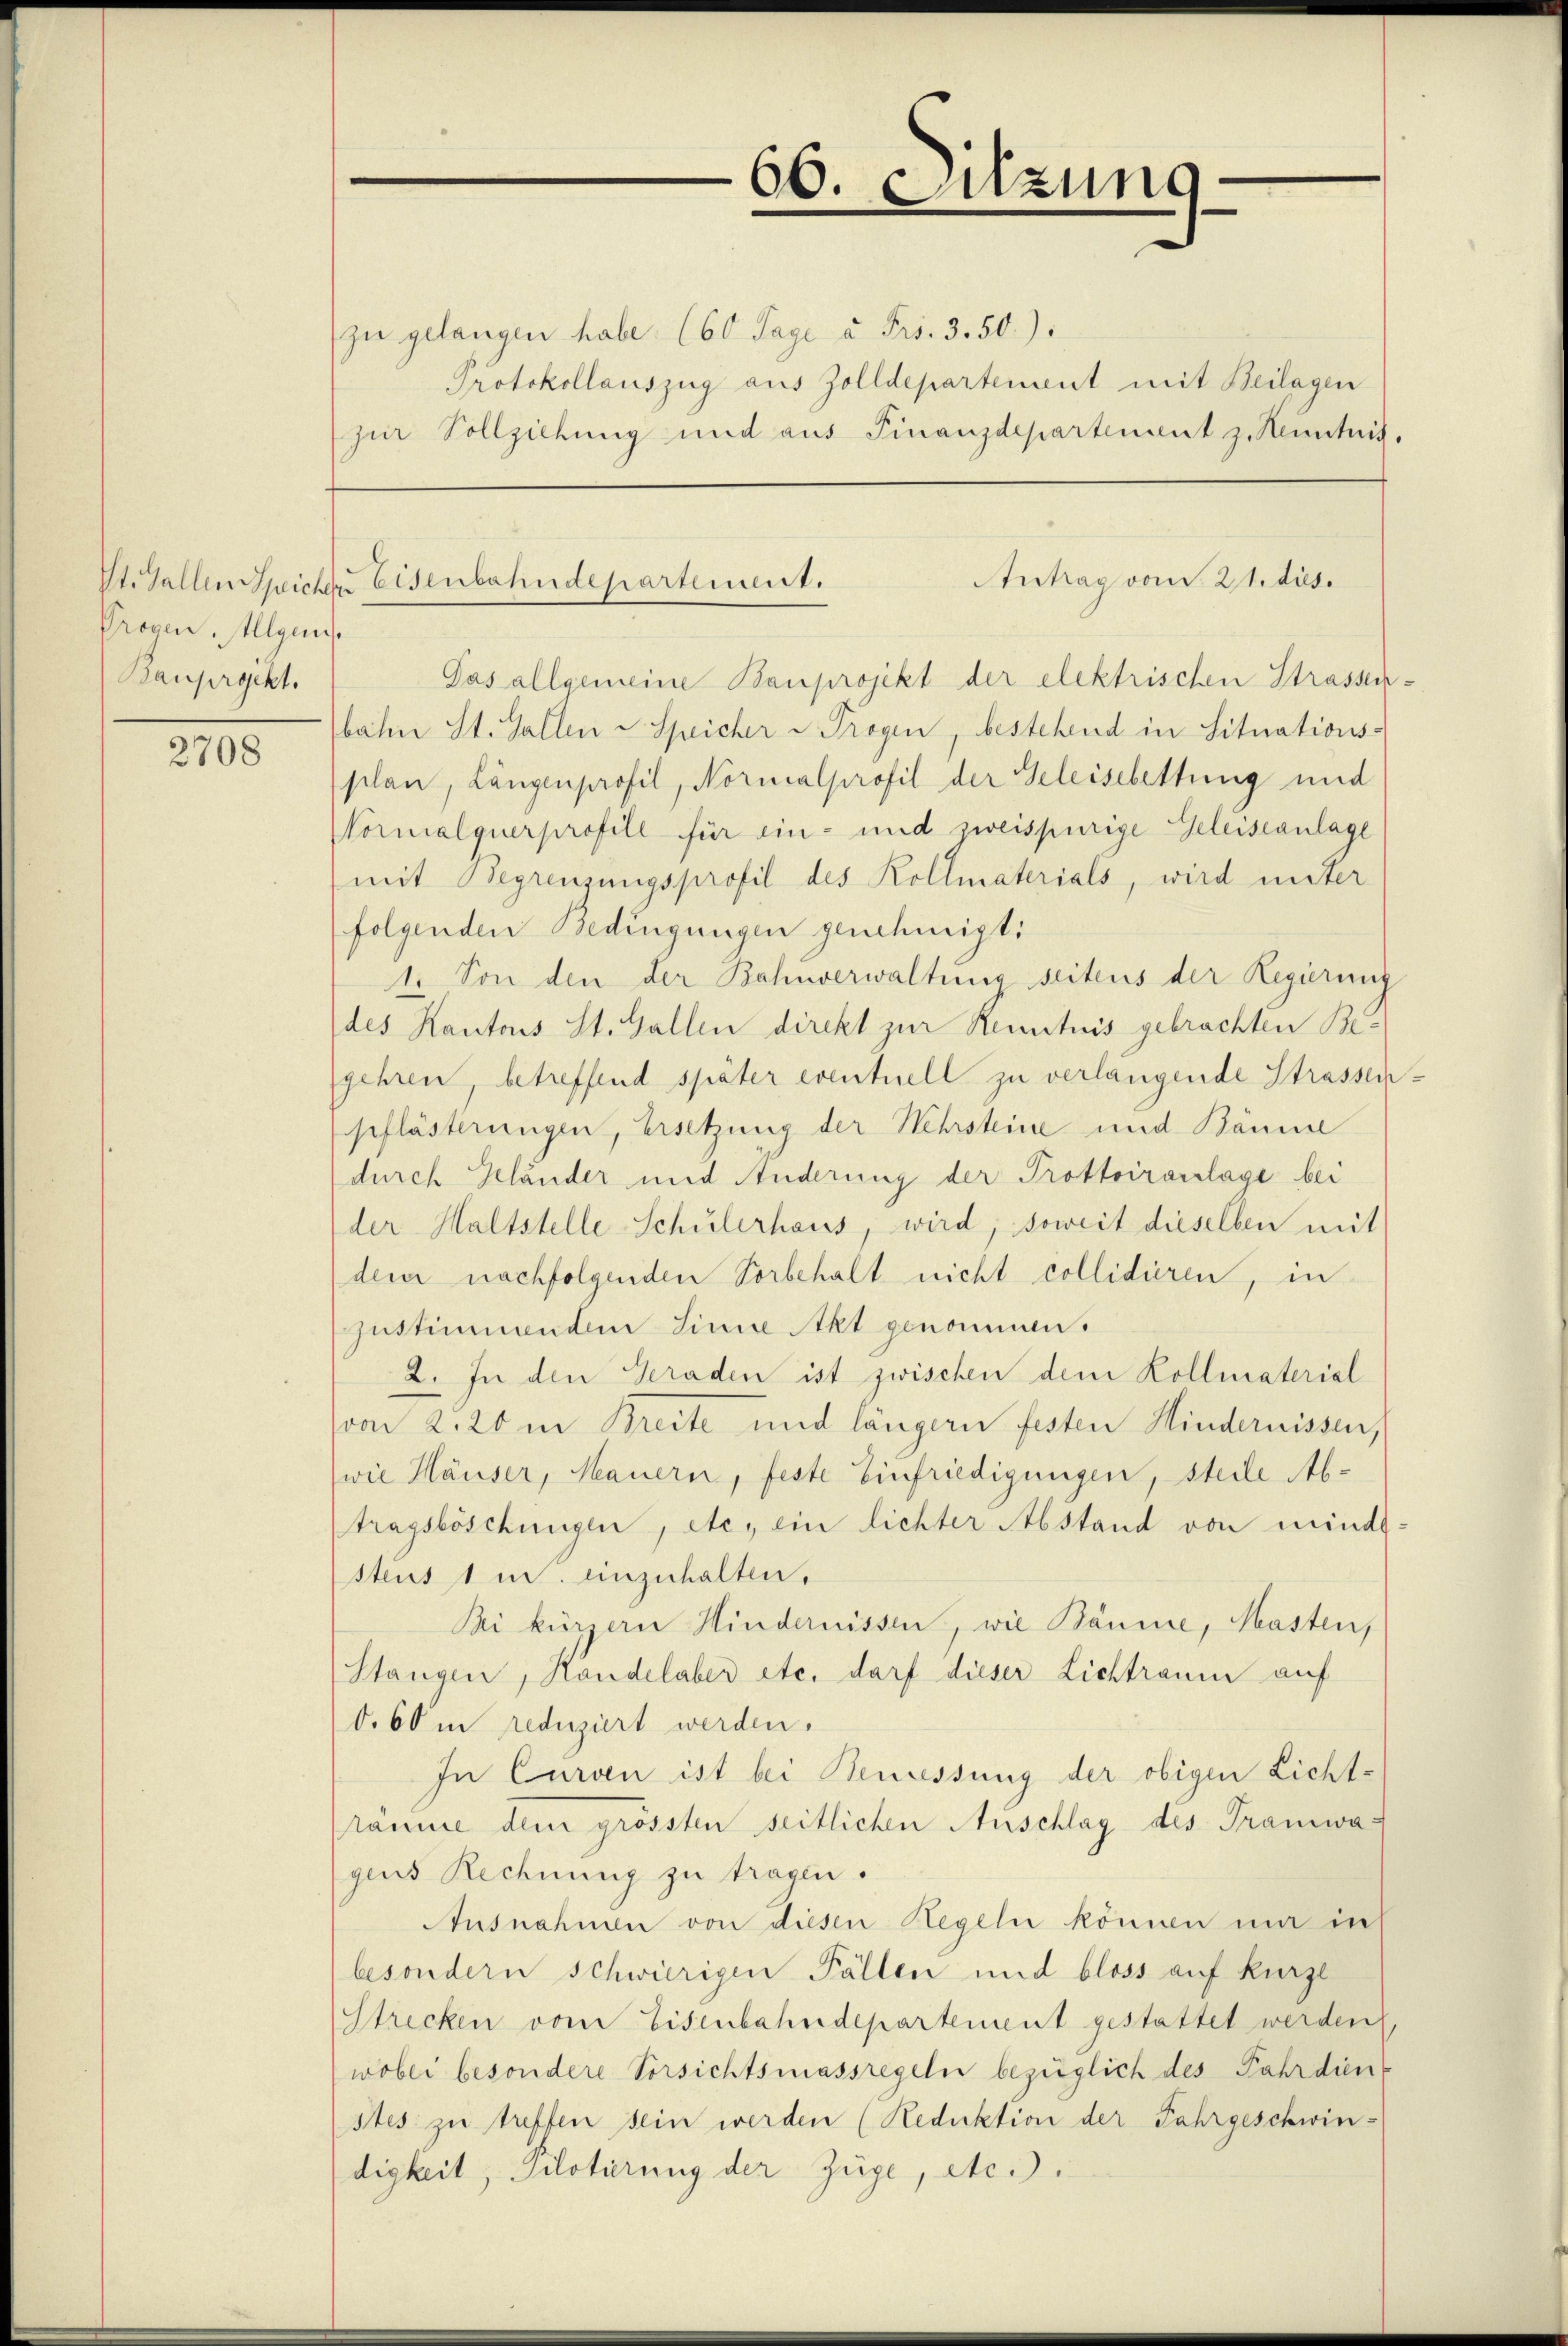
Trogen Allgem.
Rauprgikt.

2708

66. Sitzung

zu gelangen habe. (60 Tage à Frs. 3. 50):
Protokollauszug aus Zolldepartement mit Beilagen
zur Vollziehung und aus Finanzdepartement z. Kenntnis.

Pas allgemeine Bauprojekt der elektrischen Strassen-
bahn St. Gallen Speicher & Trogen, bestehend in Situations-
plan, Längenprofil, Normalprofil der Geleisebettung und
Vornalquerprofill für ein- und zweispurige Geleiseanlage
mit Begrenzungsprofil des Kollmaterials, wird unter
folgenden Bedingungen genehmigt:
1. Von den der Bahnverwaltung seitens der Regierung
des Kantons St. Gallen direkt zur Renntnis gebrachten Begehren betreffend später eventuell zu verlangende Strassenpflästerungen, Ersetzung der Mehrsteine und Bäume
(durch Kländer und Anderung der Prottoiranlage bei
der Haltstelle-Schulerhaus, wird, soweit dieselben mit
dem nachfolgenden Vorbehalt nicht collidieren, in
zustimmenden Sinne Akt genommen.
2. In den Geraden ist zwischen dem Kollmaterial
von 2. 20 in Breite und längern festen Hindernissen,
(wie Häuser, Mauern, feste Einfriedigungen, stelle Abtragsböschungen, etc. ein lichter Abstand von mindsstus 1 u. einzuhalten.
Bi kürzern Hindernissen, wie Bäume, Masten,
Stangen, Handelaber etc. darf dieser Lichtraum auf
0.60 m reduziert werden.
In Curven ist bei Beniessung der obigen Licht-
raume dem grossten seitlichen Auschlag des Tramwa-
gens Rechnung zu tragen.
Ausnahmen von diesen Hegeln können mir in
besondern schwierigen Fällen und bloss auf kürzl
Strecken vom Eisenbahndepartement gestattet werden
wobei besondere Vorsichtsmassregeln bezüglich des Fahrdien
stes zu treffen sein werden (Reduktion der Fahrgeschwin-
digkeit, Pilotierung der Züge, etc.

Antrag vom 21. dies.
St. Gallen Speicher Eisenbahndepartement.